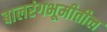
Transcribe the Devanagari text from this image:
बालरंगभूमीतील